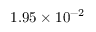
1 . 9 5 \times 1 0 ^ { - 2 }